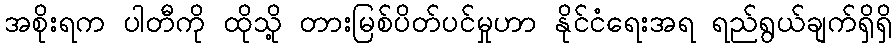
အစိုးရက ပါတီကို ထိုသို့ တားမြစ်ပိတ်ပင်မှုဟာ နိုင်ငံရေးအရ ရည်ရွယ်ချက်ရှိရှိ